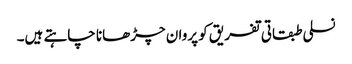
نسلی طبقاتی تفریق کو پروان چڑھانا چاہتے ہیں۔